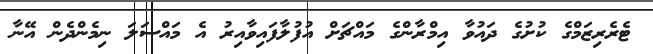
ޓެރެރިޒަމްގެ ކުށުގެ ދައުވާ އިމްރާންގެ މައްޗަށް އުފުލާފައިވާއިރު އެ މައްސަލަ ނިމެންދެން އޭނާ